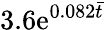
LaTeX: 3.6\mathrm{e}^{0.082\bar{{t}}}